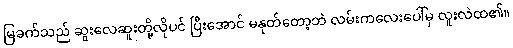
မြခက်သည် ဆူးလေဆူးတို့လိုပင် ပြီးအောင် မနုတ်တော့ဘဲ လမ်းကလေးပေါ်မှ လူးလဲထ၏။